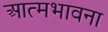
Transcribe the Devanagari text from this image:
आत्मभावना